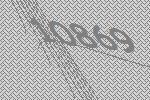
10869